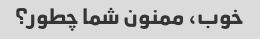
خوب، ممنون شما چطور؟